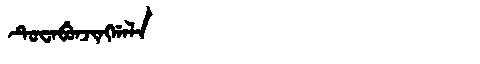
Manchu: ᡨᡠᠸᠠᠪᡠᠨᠵᡳᠩᡤᠠᠯᠠ
Romanization: TUWABUNJINGGALA